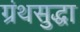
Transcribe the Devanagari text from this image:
ग्रंथसुद्धा